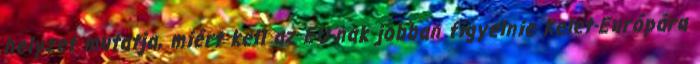
helyzet mutatja, miért kell az EU-nak jobban figyelnie Kelet-Európára